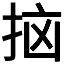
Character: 𫼭